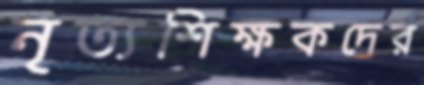
নৃত্যশিক্ষকদের